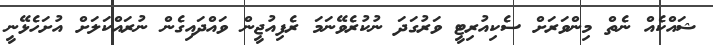
ޝައްކެއް ނެތް މިންވަރަށް ސެކިއުރިޓީ ވަރުގަދަ ނުކުރެވޭނަމަ ރެފިއުޖީން ވައްދައިގެން ނުރައްކަލަށް އުށަހެޅޭނީ